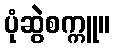
ပုံဆွဲစက္ကူ။